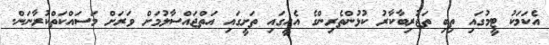
އެކަމަކު ޓީމުގައި ތިބި ތަޖުރިބާކާރު ކުޅުންތެރިންގެ އެހީގައި ތަށީގައި އަތްޖައްސާލުމަށް ވަރަށް މަސައްކަތްކުރާނަން.